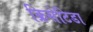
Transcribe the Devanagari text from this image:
क्रिसेटिडा